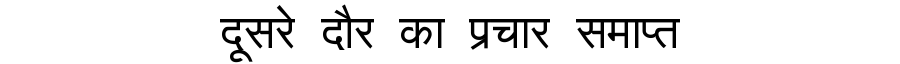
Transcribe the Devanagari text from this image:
दूसरे दौर का प्रचार समाप्त